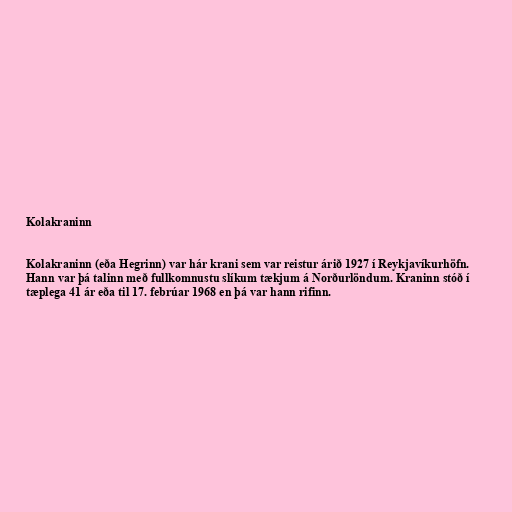
Kolakraninn

Kolakraninn (eða Hegrinn) var hár krani sem var reistur árið 1927 í Reykjavíkurhöfn.
Hann var þá talinn með fullkomnustu slíkum tækjum á Norðurlöndum. Kraninn stóð í
tæplega 41 ár eða til 17. febrúar 1968 en þá var hann rifinn.